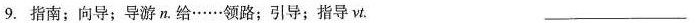
9.指南；向导；导游n.给……领路；引导；指导vt.___